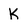
Character: K